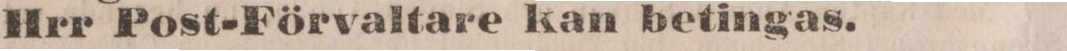
Hrr Post-Förvaltare kan betingas.